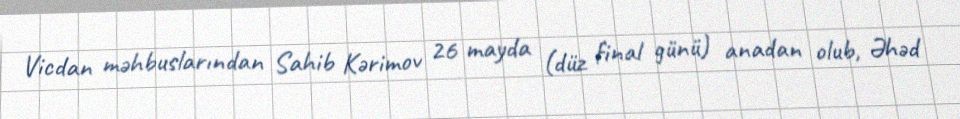
Vicdan məhbuslarından Sahib Kərimov 26 mayda (düz final günü) anadan olub, Əhəd